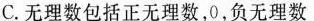
C.无理数包括正无理数，0，负无理数